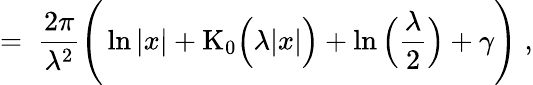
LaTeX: =\; \frac{2\pi}{\lambda^{2}}\Bigg(\ln|x|+\mathrm{K}_{0}\Big(\lambda|x|\Big)+\ln\Big(\frac{\lambda}{2}\Big)+\gamma\Bigg)\; ,